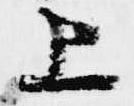
上